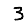
Digit: 3